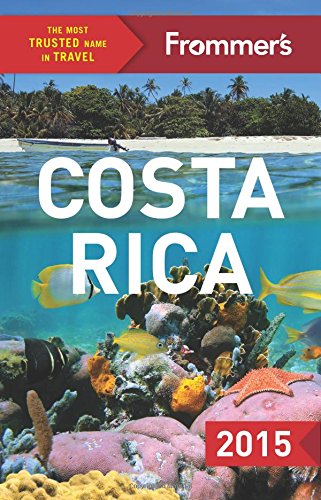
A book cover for Frommer's Costa Rica 2015 (Color Complete Guide); Eliot Greenspan; Travel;